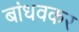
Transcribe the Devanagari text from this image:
बांधवकर